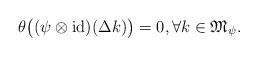
LaTeX: \begin{align*}\theta\bigl((\psi\otimes\operatorname{id})(\Delta k)\bigr)=0,\forall k\in{\mathfrak M}_{\psi}.\end{align*}